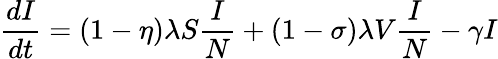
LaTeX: \frac{dI}{dt}=(1-\eta)\lambda S\frac{I}{N}+(1-\sigma)\lambda V\frac{I}{N}-\gamma I